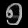
Digit: ၅